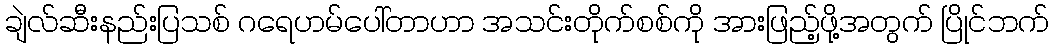
ချဲလ်ဆီးနည်းပြသစ် ဂရေဟမ်ပေါ်တာဟာ အသင်းတိုက်စစ်ကို အားဖြည့်ဖို့အတွက် ပြိုင်ဘက်